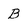
Character: B